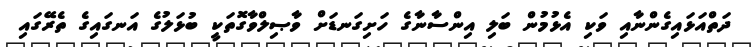
ދަތްއަޅައިގެންނާއި ވަކި އެޅުމުން ބަލި އިންސާނާގެ ހަށިގަނޑަށް ވާޞިލްވާގޮތަކީ ބުޅަލުގެ އަނގައިގެ ތެރޭގައި